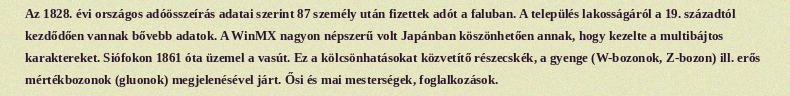
Az 1828. évi országos adóösszeírás adatai szerint 87 személy után fizettek adót a faluban. A település lakosságáról a 19. századtól kezdődően vannak bővebb adatok. A WinMX nagyon népszerű volt Japánban köszönhetően annak, hogy kezelte a multibájtos karaktereket. Siófokon 1861 óta üzemel a vasút. Ez a kölcsönhatásokat közvetítő részecskék, a gyenge (W-bozonok, Z-bozon) ill. erős mértékbozonok (gluonok) megjelenésével járt. Ősi és mai mesterségek, foglalkozások.